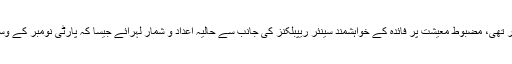
جبکہ دوسری سہ ماہی میں 4.2 فیصدمطالعہ کے مقابلے میں ترقی کمزور تھی، مضبوط معیشت پر فائدہ کے خواہشمند سینئر ریپبلکنز کی جانب سے حالیہ اعداد و شمار لہرائے جیسا کہ پارٹی نومبر کے وسط مدتی انتخابات میں سخت انتخابی جنگ کیلئے ازخود کمر کس رہی ہے۔